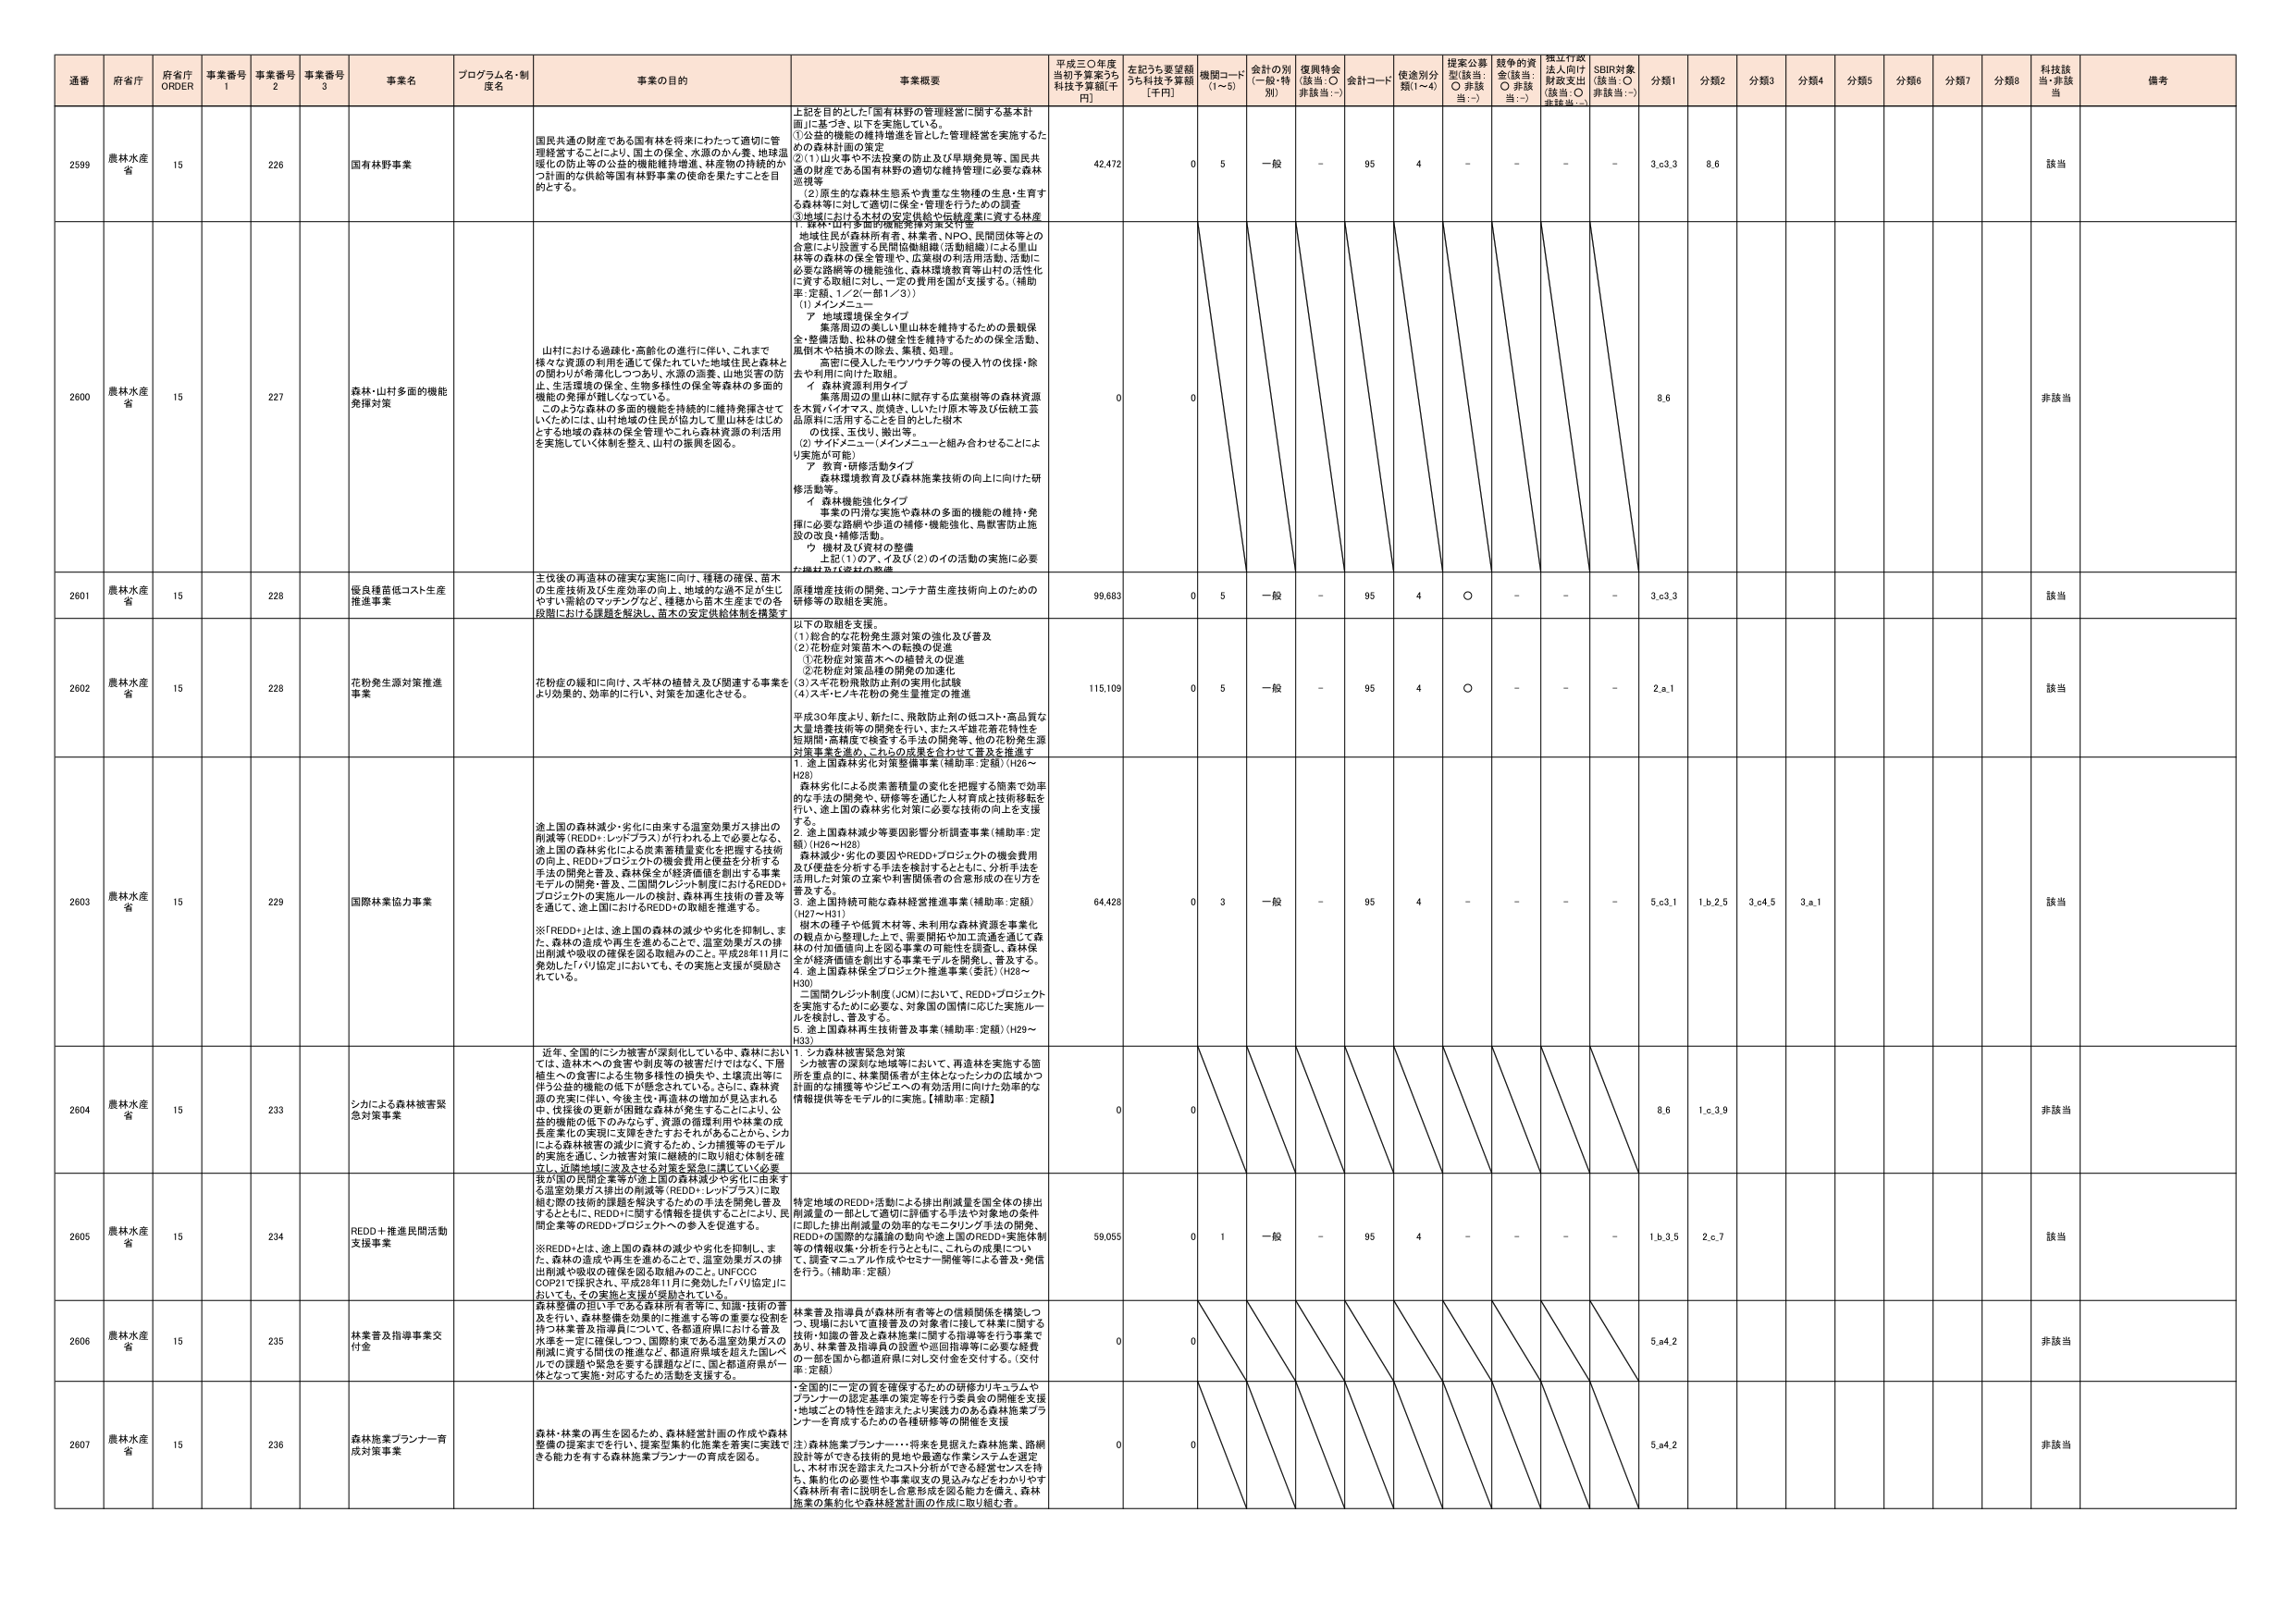
通番 府省庁 府省庁 ORDER 事業番号 1 事業番号 2 事業番号 3 事業名 プログラム名・制度名 事業の目的 事業概要 平成三〇年度当初予算案うち 科技予算額[千円] 左記うち要望額うち科技予算額 [千円] 機関コード (1～5) 会計の別 (一般・特別) 復興特会 (該当：○ 非該当：-) 会計コード 使途別分類(1～4) 提案公募型(該当：○ 非該当：-) 競争的資金(該当：○ 非該当：-) 標江行政法人向け財政支出(該当：○ 非該当：-) SDBR対象(該当：○ 非該当：-) 分類1 分類2 分類3 分類4 分類5 分類6 分類7 分類8 科技該当 非該当 備考

2599 農林水産省 15 226 国有林野事業 国民共通の財産である国有林を将来にわたって適切に管理経営することにより、国土の保全、水源のかん養、地球温暖化の防止等の公益的機能維持増進、林産物の持続的かつ計画的な供給等国有林野事業の使命を果たすことを目的とする。 上記を目的とした「国有林野の管理経営に関する基本計画」に基づき、以下を実施している。 ①公益的機能の維持増進を旨とした管理経営を実施するための森林計画の策定 ②(1)山火事や不法投棄の防止及び早期発見等、国民共通の財産である国有林野の適切な維持管理に必要な森林巡視等 ②(2)原生的な森林生態系や貴重な生物種の生息・生育する森林等に対して適切に保全・管理を行うための調査 ③地域における木材の安定供給や伝統産業に資する林産 42,472 0 5 一般 - 95 4 - - - - 3.e.3 8.6 該当

2600 農林水産省 15 227 森林・山村多面的機能発揮対策 山村における過疎化・高齢化の進行に伴い、これまで様々な資源の利用を通じて保たれていた地域住民と森林との関わりが希薄化しつつあり、水源の涵養、山地災害の防止、生活環境の保全、生物多様性の保全等森林の多面的機能の発揮が難しくなっている。 このような森林の多面的機能を持続的に維持発揮させていくためには、山村地域の住民が協力して里山林をはじめとする地域の森林の保全管理やこれら森林資源の利活用を実施していく体制を整え、山村の振興を図る。 1．森林・山村多面的機能発揮対策交付金 地域住民が森林所有者、林業者、NPO、民間団体等との合意により設置する民間協働組織（活動組織）による里山林等の森林の保全管理や、広葉樹の利活用活動、活動に必要な路網等の機能強化、森林環境教育等山村の活性化に資する取組に対して、一定の費用を国が支援する。（補助率：定額、1／2(一部1／3)） (1) メインメニュー ア 地域環境保全タイプ 集落周辺の美しい里山林を維持するための景観保全・整備活動、松林の健全性を維持するための保全活動、風倒木や枯損木の除去、集積、処理。 高密に侵入したモウソウチク等の侵入竹の伐採・除去や利用に向けた取組。 イ 森林資源利用タイプ 集落周辺の里山林に既存する広葉樹等の森林資源を木質バイオマス、炭焼き、しいたけ原木等及び伝統工芸品原料に活用することを目的とした樹木 の伐採、玉伐り、搬出等。 (2) サイドメニュー（メインメニューと組み合わせることにより実施が可能） ア 教育・研修活動タイプ 森林環境教育及び森林施業技術の向上に向けた研修活動等。 イ 森林機能強化タイプ 事業の円滑な実施や森林の多面的機能の維持・発揮に必要な路網や歩道の補修・機能強化、鳥獣害防止施設の改良・補修活動。 ウ 機材及び資材の整備 上記(1)のア、イ及び(2)のイの活動の実施に必要な機材及び資材の整備 0 0 8.6 非該当

2601 農林水産省 15 228 保良種菅低コスト生産推進事業 主伐後の再造林の確実な実施に向け、種種の確保、苗木の生産技術及び生育効率の向上、地域的な過不足が生じやすい需給のマッチングなど、種種から苗木生産までの各段階における課題を解決し、苗木の安定供給体制を構築す 原種増産技術の開発、コンテナ苗生産技術向上のための研修等の取組を実施。 99,683 0 5 一般 - 95 4 ○ - - - 3.e.3 該当

2602 農林水産省 15 228 花粉症生源対策推進事業 花粉症の緩和に向け、スギ林の植替え及び関連する事業をより効果的、効率的に行い、対策を加速化させる。 以下の取組を支援。 (1) 総合的な花粉症生源対策の強化及び普及 (2) 花粉症対策苗木への転換の促進 ①花粉症対策苗木への植替えの促進 ②花粉症対策品種の開発の加速化 (3) スギ花粉飛散防止剤の実用化試験 (4) スギ・ヒノキ花粉の発生量推定の推進 平成30年度より、新たに、飛散防止剤の低コスト・高品質な大量培養技術等の開発を行い、またスギ雄花着花特性を短期間・高精度で検査する手法の開発等、他の花粉症生源対策事業を進め、これらの成果を合わせて普及を推進す 115,109 0 5 一般 - 95 4 ○ - - - 2.a.1 該当

2603 農林水産省 15 229 国際林業協力事業 途上国の森林減少・劣化に由来する温室効果ガス排出の削減等（REDD+・レッドプラス）が行われる上で必要となる、途上国の森林劣化による炭素蓄積量変化を把握する技術の向上、REDD+プロジェクトの機会費用と便益を分析する手法の開発と普及、森林保全が経済価値を創出する事業モデルの開発・普及、二国間クレジット制度におけるREDD+プロジェクトの実施ルールの検討、森林再生技術の普及等を通じて、途上国におけるREDD+の取組を推進する。 ※「REDD+」とは、途上国の森林の減少や劣化を抑制し、また、森林の造成や再生を進めることで、温室効果ガスの排出削減や吸収の確保を図る取組みのこと。平成28年11月に発効した「パリ協定」においても、その実施と支援が奨励されている。 1．途上国森林劣化対策整備事業（補助率：定額）（H26～H28） 森林劣化による炭素蓄積量の変化を把握する簡素で効率的な手法の開発や、研修等を通じた人材育成と技術移転を行い、途上国の森林劣化対策に必要な技術の向上を支援する。 2．途上国森林減少等要因影響分析調査事業（補助率：定額）（H26～H28） 森林減少・劣化の要因やREDD+プロジェクトの機会費用及び便益を分析する手法を検討するとともに、分析手法を活用した対策の立案や利害関係者の合意形成の在り方を普及する。 3．途上国持続可能な森林経営推進事業（補助率：定額）（H27～H31） 樹木の種子や低質木材等、未利用な森林資源を事業化視点から整理した上で、需要開拓や加工流通を通じて森林の付加価値向上を図る事業の可能性を調査し、森林保全が経済価値を創出する事業モデルを開発し、普及する。 4．途上国森林保全プロジェクト推進事業（委託）（H29～H30） 二国間クレジット制度（JCM）において、REDD+プロジェクトを実施するために必要な、対象国の国情に応じた実施ルールを検討し、普及する。 5．途上国森林再生技術普及事業（補助率：定額）（H29～H33） 64,428 0 3 一般 - 95 4 - - - - 5.c.1 1.b.2.5 3.c.4.5 3.a.1 該当

2604 農林水産省 15 233 シカによる森林被害緊急対策事業 近年、全国的にシカ被害が深刻化している中、森林においては、造林木への食害や剥皮等の被害だけではなく、下層植生への食害による生物多様性の損失や、土壌流出等に伴う公益的機能の低下が懸念されている。さらに、森林資源の充実に伴い、今後主伐・再造林の増加が見込まれる中、伐採後の更新が困難な森林が発生することにより、公益的機能の低下のみならず、資源の循環利用や林業の成長産業化の実現に支障をきたすおそれがあることから、シカによる森林被害の減少に資するため、シカ捕獲等のモデル的実施を通じ、シカ被害対策に継続的に取り組む体制を確立し、近畿地域に普及させる対策を緊急に講じていく必要 1．シカ森林被害緊急対策 シカ被害の深刻な地域等において、再造林を実施する箇所を重点的に、林業関係者が主体となったシカの広域かつ計画的な捕獲等やジビエへの有効活用に向けた効率的な情報提供等をモデル的に実施。【補助率：定額】 0 0 8.6 1.c.3.9 非該当

2605 農林水産省 15 234 REDD+推進民間活動支援事業 我が国の民間企業等が途上国の森林減少や劣化に由来する温室効果ガス排出の削減等（REDD+・レッドプラス）に取組む際の技術的課題を解決するための手法を開発し普及するとともに、REDD+に関する情報を提供することにより、民間企業等のREDD+プロジェクトへの参入を促進する。 ※REDD+とは、途上国の森林の減少や劣化を抑制し、また、森林の造成や再生を進めることで、温室効果ガスの排出削減や吸収の確保を図る取組みのこと。UNFCCC COP22で採択され、平成29年11月に発効した「パリ協定」においても、その実施と支援が奨励されている。 特定地域のREDD+活動による排出削減量を国全体の排出削減量の一部として適切に評価する手法や対象地の条件に応じた排出削減量の効率的なモニタリング手法の開発、REDD+の国際的な課題の動向や途上国のREDD+実施体制等の情報収集・分析を行うとともに、これらの成果について、調査マニュアル作成やセミナー開催等による普及・発信を行う。【補助率：定額】 59,055 0 1 一般 - 95 4 - - - - 1.b.3.5 2.e.7 該当

2606 農林水産省 15 235 林業普及指導事業交付金 森林整備の担い手である森林所有者等に、知識・技術の普及を行い、森林整備を効果的に推進する等の重要な役割を担う林業普及指導員について、各都道府県における普及・水準を一定に確保し、国際的視点である温室効果ガスの削減に資する間伐の推進など、都道府県域を超えた国レベルでの課題や緊急を要する課題などに、国と都道府県が一体となって実施・対応するための活動を支援する。 林業普及指導員が森林所有者等との信頼関係を構築しつつ、現場において直接普及の対象者に接して林業に関する技術・知識の普及と森林施業に関する指導等を行う事業であり、林業普及指導員の設置や巡回指導等に必要な経費の一部を国から都道府県に対し交付金を交付する。（交付率：定額） 0 0 5.a.4.2 非該当

2607 農林水産省 15 236 森林施業プランナー育成対策事業 森林・林業の再生を図るため、森林経営計画の作成や森林整備の提案をを行い、提案型集約化施策を着実に実践できる能力を有する森林施業プランナーの育成を図る。 ・全国的に一定の質を確保するための研修カリキュラムやプランナーの認定基準の策定等を行う委員会の開催を支援 ・地域ごとの特性を踏まえたより実践力のある森林施業プランナーを育成するための各種研修等の開催を支援 注）森林施業プランナー：・将来を見据えた森林施業、路網設計等ができる技術的見地や最適な作業システムを選定し、木材市況を踏まえたコスト分析ができる経営センスを持ち、集約化の必要性や事業収支の見込みなどをわかりやすく森林所有者に説明し、合意形成を図る能力を備え、森林施業の集約化や森林経営計画の作成に取り組む者。 0 0 5.a.4.2 非該当